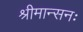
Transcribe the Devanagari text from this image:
श्रीमान्सनः